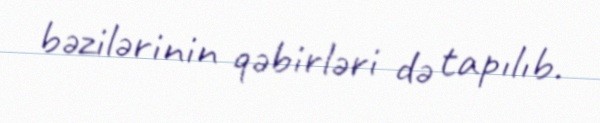
bəzilərinin qəbirləri də tapılıb.